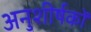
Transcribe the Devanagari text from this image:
अनुशीर्षकों